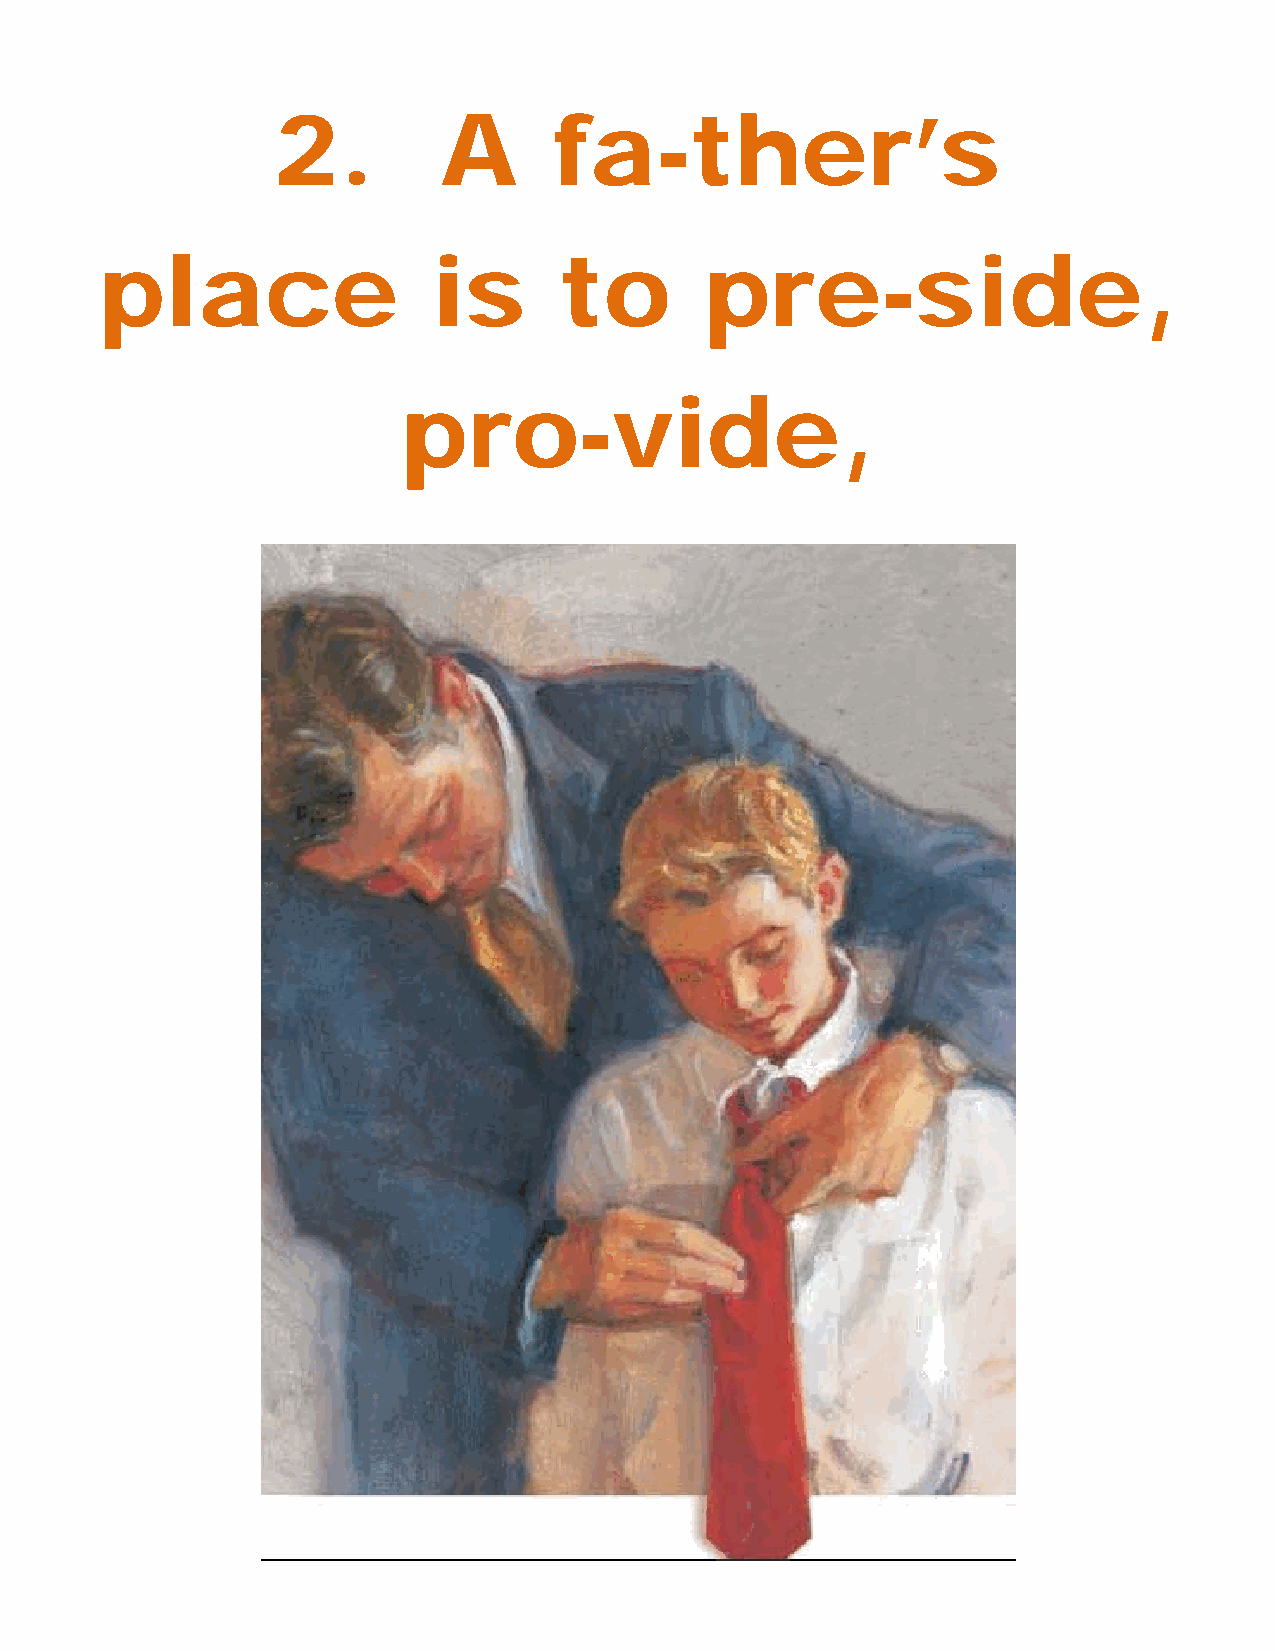
2.         A       fa-ther’s
 place                 is      to        pre-side,
 pro-vide,